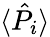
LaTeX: \langle\hat{P}_{i}\rangle